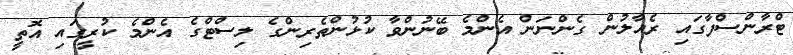
ޓްރާންސްފާގައި ރެއާލުން ގެންނަން އެންމެ ބޭނުންވާ ކުޅުންތެރިންގެ ލިސްޓްގެ އެންމެ ކުރީގައި އޮތީ